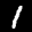
Label: 1